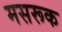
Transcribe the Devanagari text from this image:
मसरूक